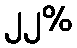
၂၂%